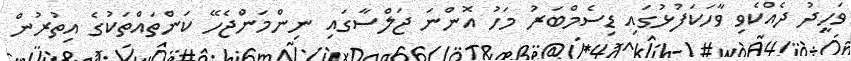
ވަހީދު ދެއްކެވި ވާހަކަަފުޅުގައި ޑިސެމްބަރު މަހު އޮންނަ ޖަލްސާގައި ނިންމަންޖެހޭ ކަންތައްތަކުގެ އިތުރުން